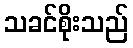
သခင်စိုးသည်